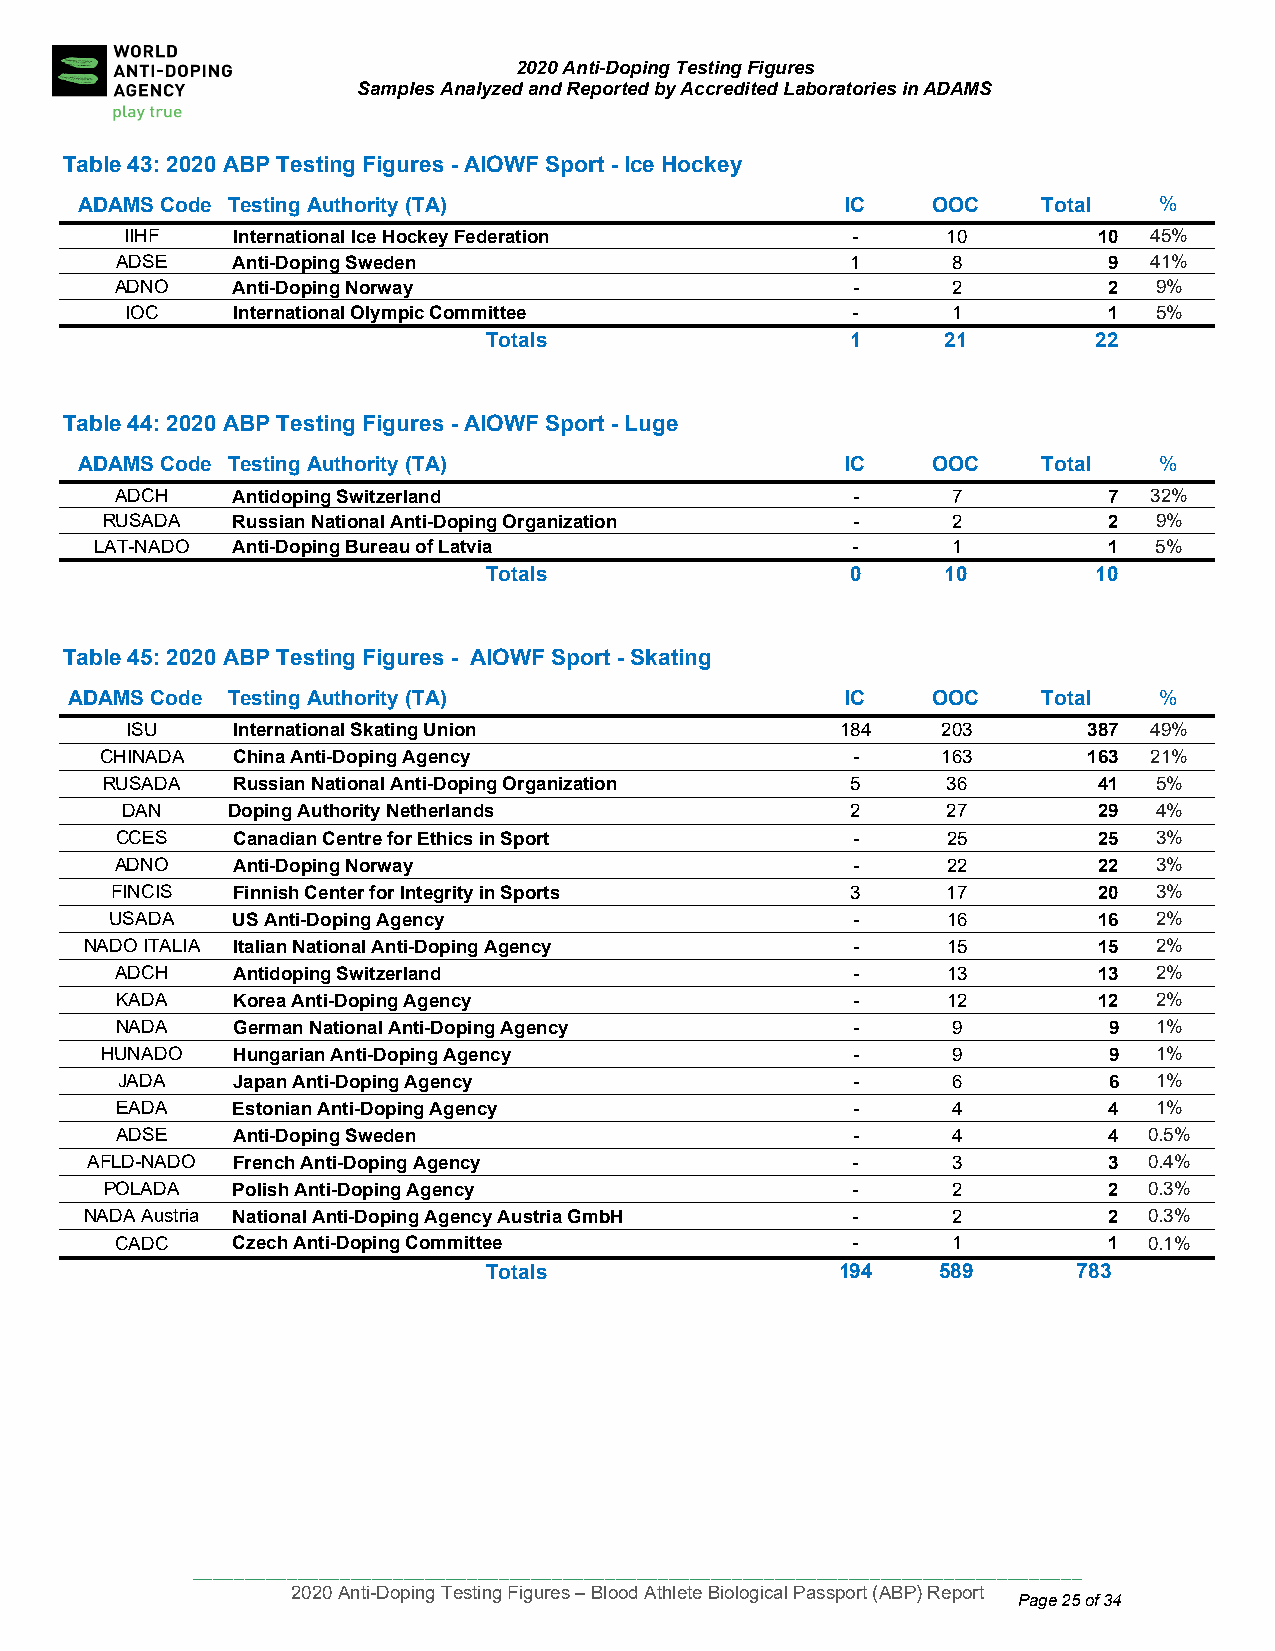
2020 Anti-Doping Testing Figures
 Samples Analyzed and Reported by Accredited Laboratories in ADAMS
 Table 43: 2020 ABP Testing Figures - AIOWF Sport - Ice Hockey
 ADAMS Co de Testing Authority (TA)                 IC    OOC    Total   %
 IIHF   International Ice Hockey Federation      -      10        10 45%
 ADSE   Anti-Doping Sweden                       1      8         9  41%
 ADNO   Anti-Doping Norway                       -      2         2   9%
 IOC    International Olympic Committee          -      1         1   5%
 Totals                  1      21        22
 Table 44: 20 20 ABP Testing Figures - AIOWF Sport - Luge
 ADAMS Code Testing Authority (TA)                  IC    OOC    Total   %
 ADCH   Antidoping Switzerland                   -      7         7  32%
 RUSADA  Russian National Anti-Doping Organization -     2         2   9%
 LAT-NADO Anti-Doping Bureau of Latvia             -      1         1   5%
 Totals                  0      10        10
 Table 45: 2020 ABP Testing Figures - AIOWF Sport - Skating
 ADAMS Cod e Testing Authority (TA)                 IC    OOC    Total   %
 ISU    International Skating Union              184   203       387 49%
 CHINADA China Anti-Doping Agency                 -     163       163 21%
 RUSADA  Russian National Anti-Doping Organization 5     36        41  5%
 DAN    Doping Authority Netherlands             2      27        29  4%
 CCES   Canadian Centre for Ethics in Sport      -      25        25  3%
 ADNO   Anti-Doping Norway                       -      22        22  3%
 FINCIS  Finnish Center for Integrity in Sports   3      17        20  3%
 USADA   US Anti-Doping Agency                    -      16        16  2%
 NADO ITALIA Italian National Anti-Doping Agency   -      15        15  2%
 ADCH   Antidoping Switzerland                   -      13        13  2%
 KADA   Korea Anti-Doping Agency                 -      12        12  2%
 NADA   German National Anti-Doping Agency       -      9         9   1%
 HUNADO  Hungarian Anti-Doping Agency             -      9         9   1%
 JADA   Japan Anti-Doping Agency                 -      6         6   1%
 EADA   Estonian Anti-Doping Agency              -      4         4   1%
 ADSE   Anti-Doping Sweden                       -      4         4  0.5%
 AFLD-NADO French Anti-Doping Agency               -      3         3  0.4%
 POLADA  Polish Anti-Doping Agency                -      2         2  0.3%
 NADA Austria National Anti-Doping Agency Austria GmbH -  2         2  0.3%
 CADC   Czech Anti-Doping Committee              -      1         1  0.1%
 Totals                  194   589      783
 ____________________________________________________________________________________
 2020 Anti-Doping Testing Figures – Blood Athlete Biological Passport (ABP) Report
 Page 25 of 34